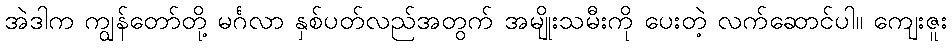
အဲဒါက ကျွန်တော်တို့ မင်္ဂလာ နှစ်ပတ်လည်အတွက် အမျိုးသမီးကို ပေးတဲ့ လက်ဆောင်ပါ။ ကျေးဇူး